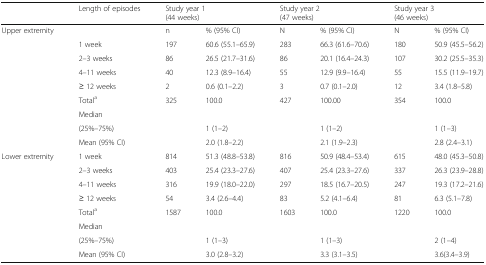
<table><thead><tr><td></td><td><b>Length of episodes</b></td><td colspan="2"><b>Study year 1(44 weeks)</b></td><td colspan="2"><b>Study year 2(47 weeks)</b></td><td colspan="2"><b>Study year 3(46 weeks)</b></td></tr></thead><tbody><tr><td rowspan="9">Upper extremity</td><td></td><td>n</td><td>% (95% CI)</td><td>N</td><td>% (95% CI)</td><td>N</td><td>% (95% CI)</td></tr><tr><td>1 week</td><td>197</td><td>60.6 (55.1–65.9)</td><td>283</td><td>66.3 (61.6–70.6)</td><td>180</td><td>50.9 (45.5–56.2)</td></tr><tr><td>2–3 weeks</td><td>86</td><td>26.5 (21.7–31.6)</td><td>86</td><td>20.1 (16.4–24.3)</td><td>107</td><td>30.2 (25.5–35.3)</td></tr><tr><td>4–11 weeks</td><td>40</td><td>12.3 (8.9–16.4)</td><td>55</td><td>12.9 (9.9–16.4)</td><td>55</td><td>15.5 (11.9–19.7)</td></tr><tr><td>≥ 12 weeks</td><td>2</td><td>0.6 (0.1–2.2)</td><td>3</td><td>0.7 (0.1–2.0)</td><td>12</td><td>3.4 (1.8–5.8)</td></tr><tr><td>Total<sup>a</sup></td><td>325</td><td>100.0</td><td>427</td><td>100.00</td><td>354</td><td>100.0</td></tr><tr><td colspan="7">Median</td></tr><tr><td>(25%–75%)</td><td></td><td>1 (1–2)</td><td></td><td>1 (1–2)</td><td></td><td>1 (1–3)</td></tr><tr><td>Mean (95% CI)</td><td></td><td>2.0 (1.8–2.2)</td><td></td><td>2.1 (1.9–2.3)</td><td></td><td>2.8 (2.4–3.1)</td></tr><tr><td rowspan="8">Lower extremity</td><td>1 week</td><td>814</td><td>51.3 (48.8–53.8)</td><td>816</td><td>50.9 (48.4–53.4)</td><td>615</td><td>48.0 (45.3–50.8)</td></tr><tr><td>2–3 weeks</td><td>403</td><td>25.4 (23.3–27.6)</td><td>407</td><td>25.4 (23.3–27.6)</td><td>337</td><td>26.3 (23.9–28.8)</td></tr><tr><td>4–11 weeks</td><td>316</td><td>19.9 (18.0–22.0)</td><td>297</td><td>18.5 (16.7–20.5)</td><td>247</td><td>19.3 (17.2–21.6)</td></tr><tr><td>≥ 12 weeks</td><td>54</td><td>3.4 (2.6–4.4)</td><td>83</td><td>5.2 (4.1–6.4)</td><td>81</td><td>6.3 (5.1–7.8)</td></tr><tr><td>Total<sup>a</sup></td><td>1587</td><td>100.0</td><td>1603</td><td>100.0</td><td>1220</td><td>100.0</td></tr><tr><td colspan="7">Median</td></tr><tr><td>(25%–75%)</td><td></td><td>1 (1–3)</td><td></td><td>1 (1–3)</td><td></td><td>2 (1–4)</td></tr><tr><td>Mean (95% CI)</td><td></td><td>3.0 (2.8–3.2)</td><td></td><td>3.3 (3.1–3.5)</td><td></td><td>3.6(3.4–3.9)</td></tr></tbody></table>